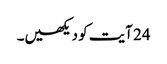
24 آیت کو دیکھیں۔